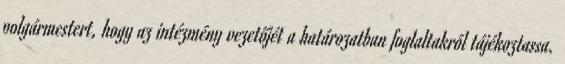
polgármestert, hogy az intézmény vezetőjét a határozatban foglaltakról tájékoztassa.